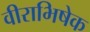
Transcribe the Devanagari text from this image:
वीराभिषेक